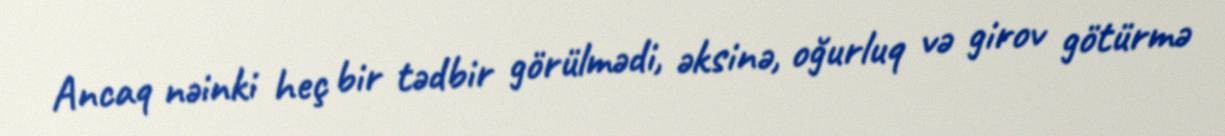
Ancaq nəinki heç bir tədbir görülmədi, əksinə, oğurluq və girov götürmə